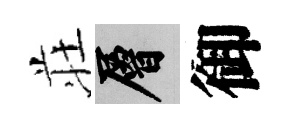
荘層御